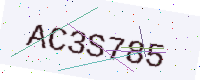
Text: AC3S785